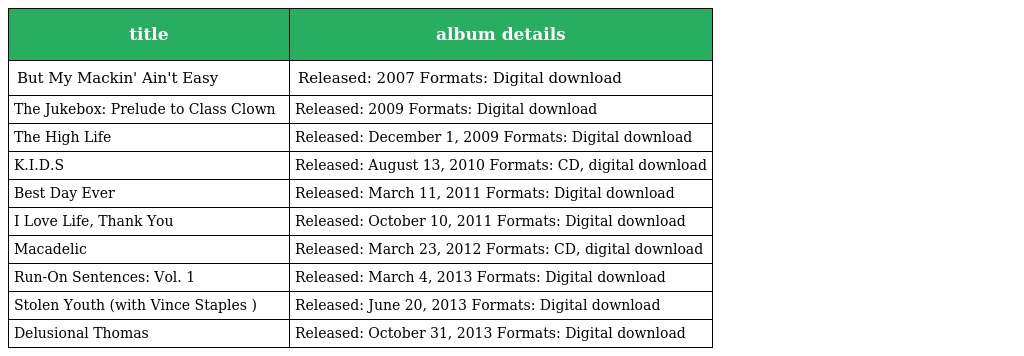
| title | album details |
 | --- | --- |
 | But My Mackin' Ain't Easy | Released: 2007 Formats: Digital download |
 | The Jukebox: Prelude to Class Clown | Released: 2009 Formats: Digital download |
 | The High Life | Released: December 1, 2009 Formats: Digital download |
 | K.I.D.S | Released: August 13, 2010 Formats: CD, digital download |
 | Best Day Ever | Released: March 11, 2011 Formats: Digital download |
 | I Love Life, Thank You | Released: October 10, 2011 Formats: Digital download |
 | Macadelic | Released: March 23, 2012 Formats: CD, digital download |
 | Run-On Sentences: Vol. 1 | Released: March 4, 2013 Formats: Digital download |
 | Stolen Youth (with Vince Staples ) | Released: June 20, 2013 Formats: Digital download |
 | Delusional Thomas | Released: October 31, 2013 Formats: Digital download |